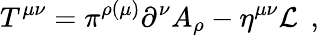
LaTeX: T^{\mu\nu}=\pi^{\rho(\mu)}\partial^{\nu}A_{\rho}-\eta^{\mu\nu}{\cal L}\; \, ,